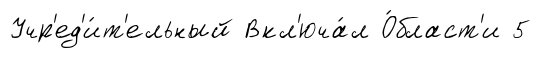
Учр'ед'и́т'ельный Вкл'юча́л О́бласт'и 5